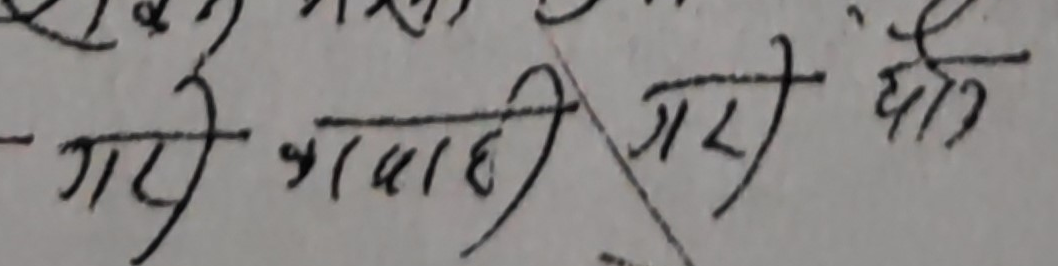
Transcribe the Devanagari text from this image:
गई गवाही गई थी